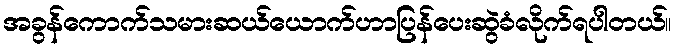
အခွန်ကောက်သမားဆယ်ယောက်ဟာပြန်ပေးဆွဲခံလိုက်ရပါတယ်။